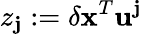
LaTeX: z_{\mathbf{j}}:=\delta\mathbf{{x}}^{T}\mathbf{{u}}^{\mathbf{j}}